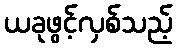
ယခုဖွင့်လှစ်သည့်